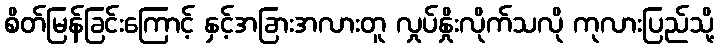
စိတ်မြန်ခြင်းကြောင့် နှင့်အခြားအလားတူ လှုပ်နှိုးလိုက်သလို ကုလားပြည်သို့